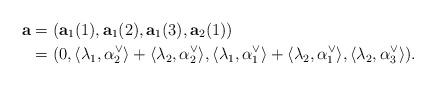
LaTeX: \begin{align*}\mathbf a &= (\mathbf a_1 (1), \mathbf a_1 (2), \mathbf a_1 (3), \mathbf a_2 (1)) \\&= (0, \langle \lambda_1, \alpha_2^{\vee} \rangle + \langle \lambda_2, \alpha_2^{\vee} \rangle,\langle \lambda_1, \alpha_1^{\vee}\rangle + \langle \lambda_2, \alpha_1^{\vee} \rangle,\langle \lambda_2, \alpha_{3}^{\vee} \rangle).\end{align*}